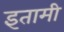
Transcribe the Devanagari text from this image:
इतामी